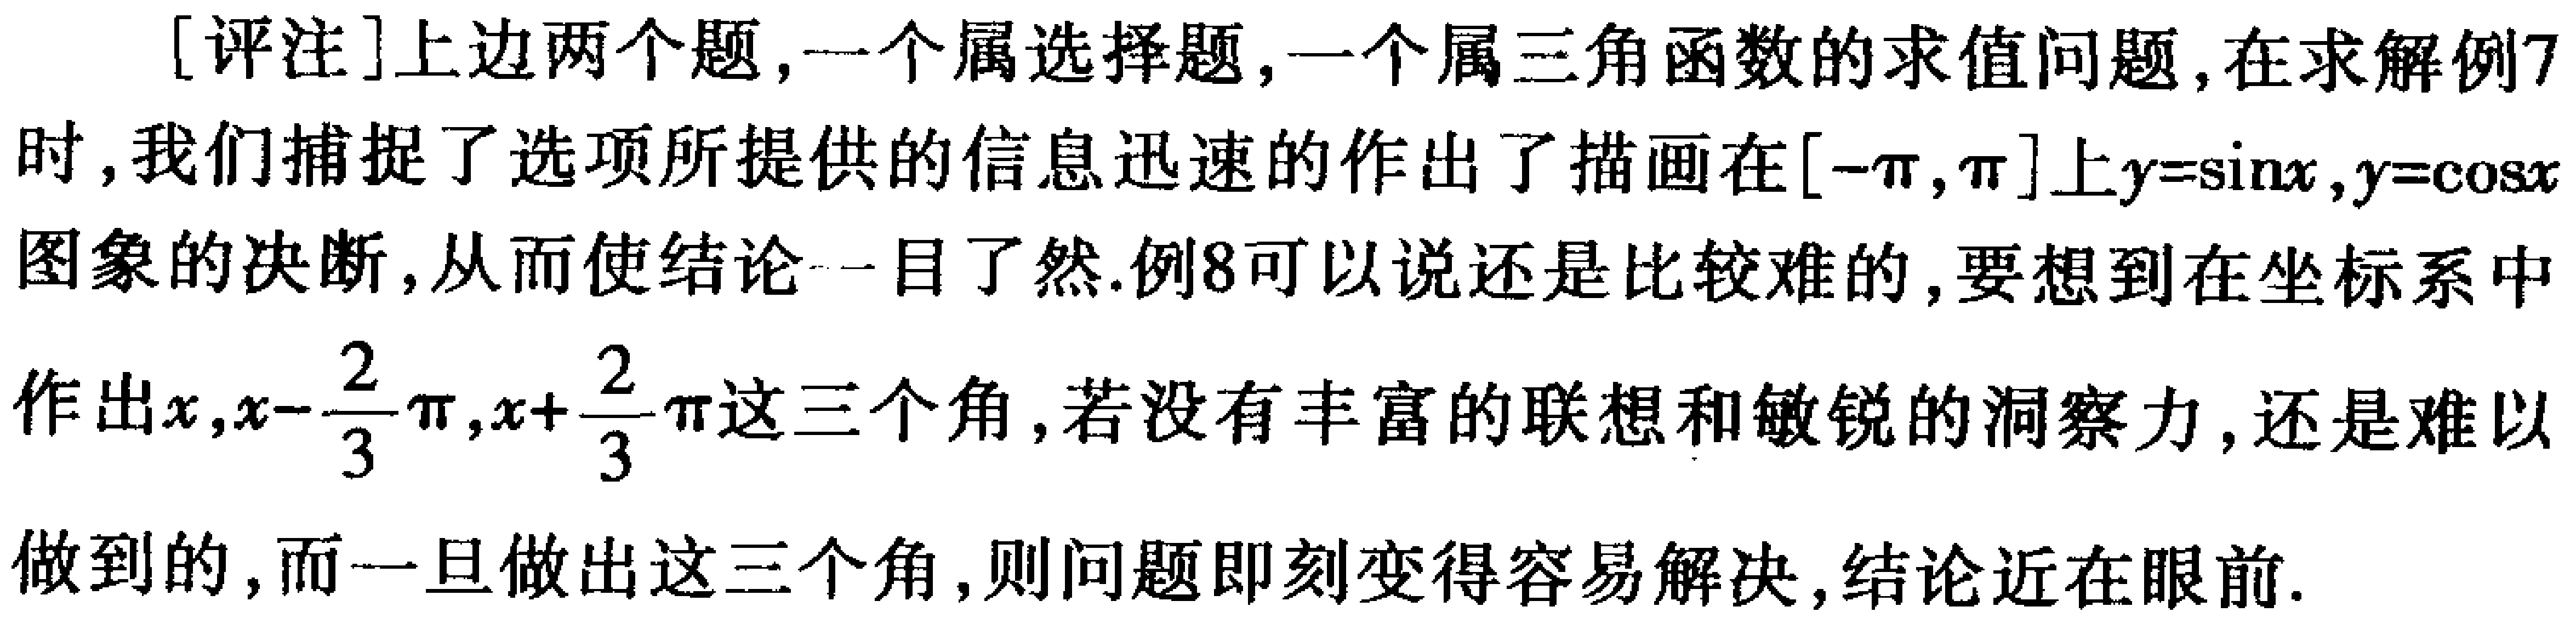
[评注]上边两个题,一个属选择题,一个属三角函数的求值问题,在求解例7时,我们捕捉了选项所提供的信息迅速的作出了描画在\([-\pi,\pi]\)上\(y = \sin x,y = \cos x\)图象的决断,从而使结论一目了然.例8可以说还是比较难的,要想到在坐标系中作出\(x,x - \frac{2}{3}\pi,x + \frac{2}{3}\pi\)这三个角,若没有丰富的联想和敏锐的洞察力,还是难以做到的,而一旦做出这三个角,则问题即刻变得容易解决,结论近在眼前.